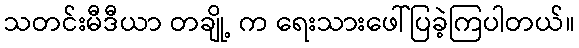
သတင်းမီဒီယာ တချို့ က ရေးသားဖေါ်ပြခဲ့ကြပါတယ်။